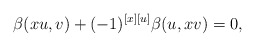
\begin{align*} \beta(xu,v)+(-1)^{[x][u]}\beta(u,xv)=0, \end{align*}